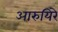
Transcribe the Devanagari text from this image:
आरुयिरे